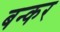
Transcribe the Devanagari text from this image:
बन्कर